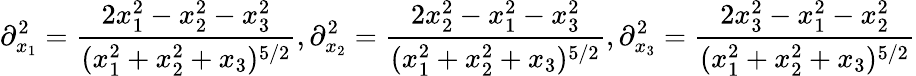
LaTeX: \partial_{x_{1}}^{2}=\frac{2x_{1}^{2}-x_{2}^{2}-x_{3}^{2}}{(x_{1}^{2}+x_{2}^{2}+x_{3})^{5/2}},\partial_{x_{2}}^{2}=\frac{2x_{2}^{2}-x_{1}^{2}-x_{3}^{2}}{(x_{1}^{2}+x_{2}^{2}+x_{3})^{5/2}},\partial_{x_{3}}^{2}=\frac{2x_{3}^{2}-x_{1}^{2}-x_{2}^{2}}{(x_{1}^{2}+x_{2}^{2}+x_{3})^{5/2}}